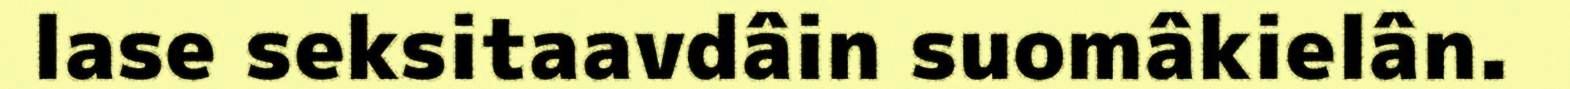
lase seksitaavdâin suomâkielân.